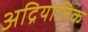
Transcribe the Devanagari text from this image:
अद्रियातिक